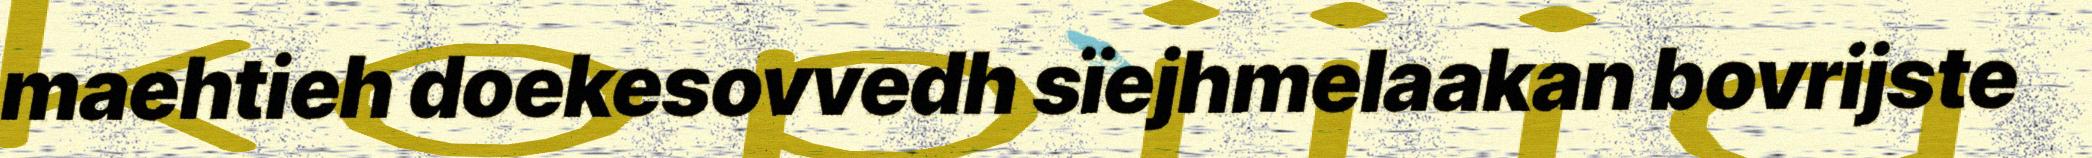
maehtieh doekesovvedh sïejhmelaakan bovrijste